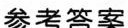
参考答案